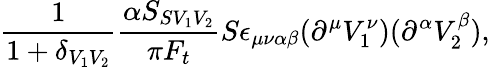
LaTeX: \frac{1}{1+\delta_{V_{1}V_{2}}}\frac{\alpha S_{SV_{1}V_{2}}}{\pi F_{t}}S\epsilon_{\mu\nu\alpha\beta}(\partial^{\mu}V_{1}^{\nu})(\partial^{\alpha}V_{2}^{\beta}),